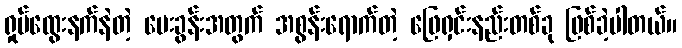
ရှုပ်ထွေးနက်နဲတဲ့ မေးခွန်းအတွက် အစွန်းရောက်တဲ့ ဖြေရှင်းနည်းတစ်ခု ဖြစ်ခဲ့ပါတယ်။